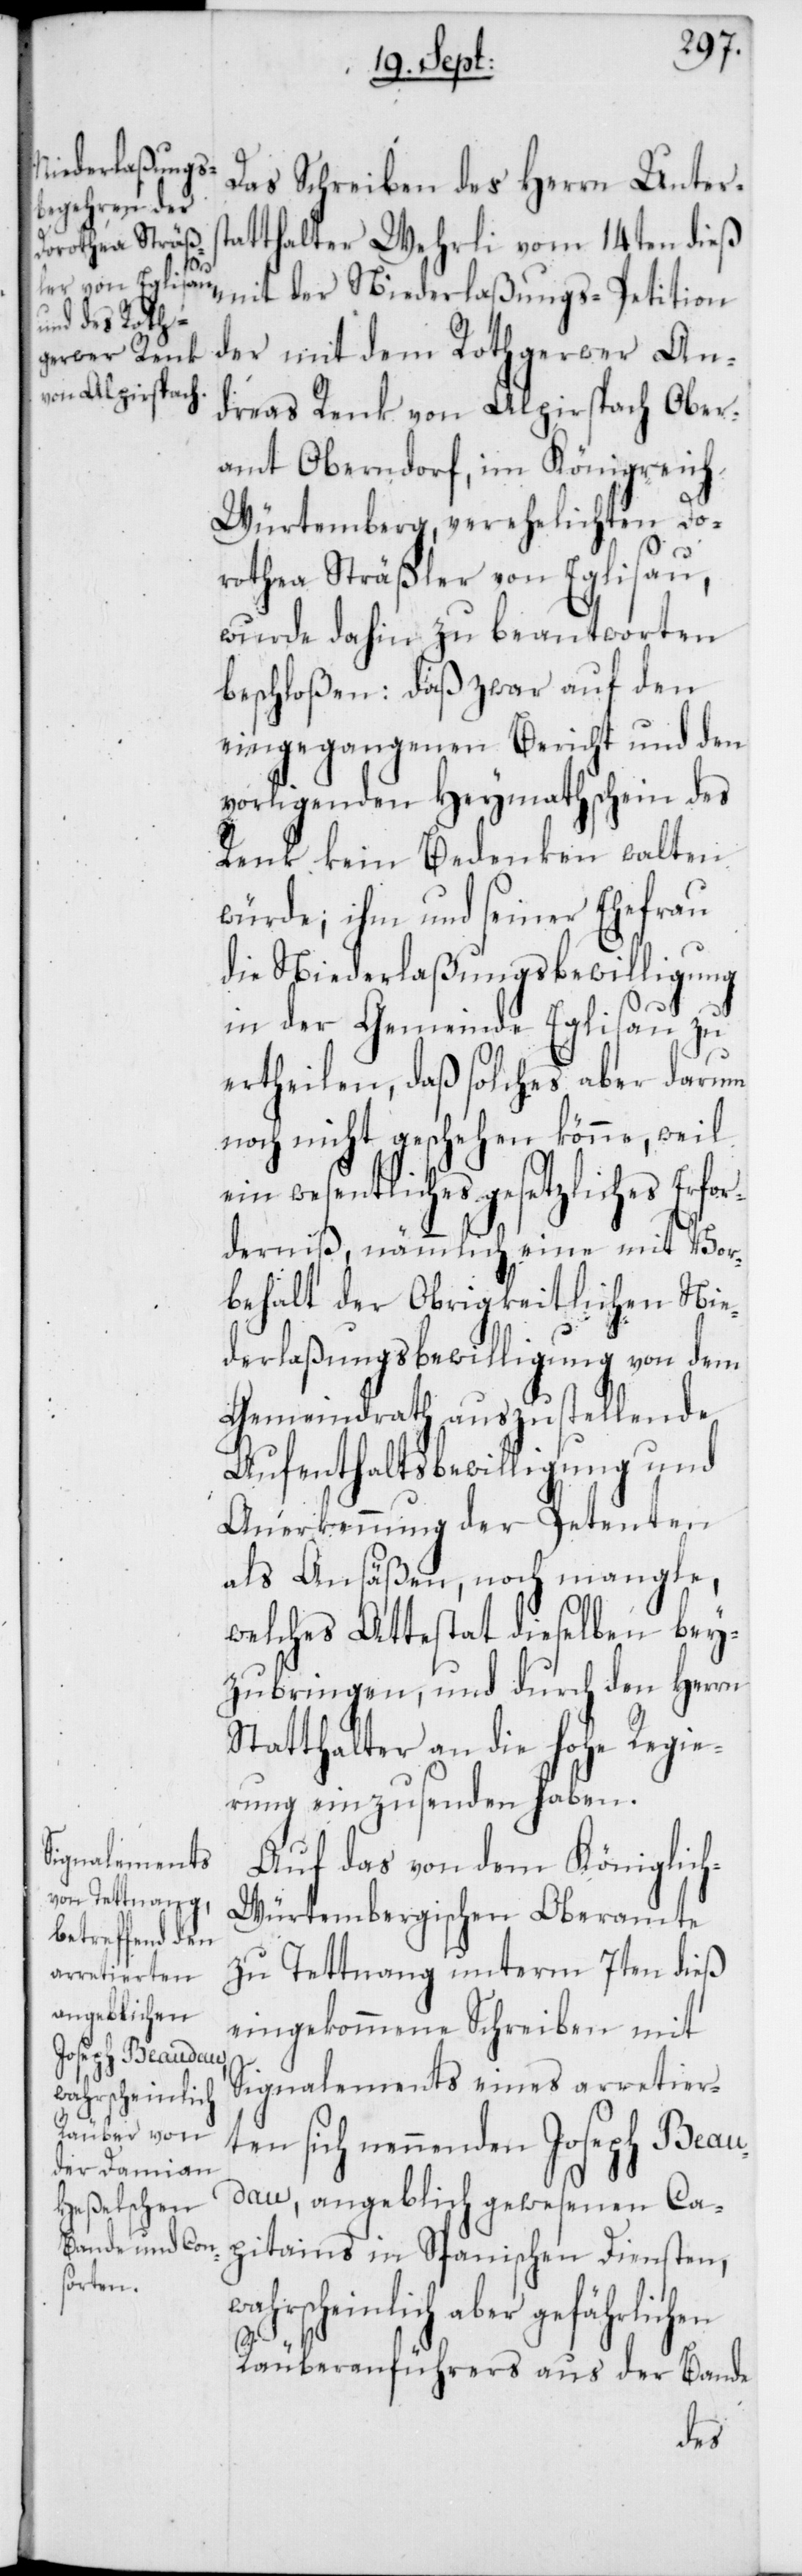
for¬
wahrscheinlich

Das Schreiben des Herrn Unterst¬
atthalter Wehrli vom 14ten dieß
mit der Niederlaßungs-Petition
der mit dem Rothgerwer An¬
dreas Renk von Alpirspach Ober¬
amt Oberndorf, im Königreich
Würtemberg, verehelichten Do¬
rothea Sträßler von Eglisau,
wurde dahin zu beantworten
beschloßen: daß zwar auf den
eingegangenen Bericht und den
vorligenden Heymathschein des
Renk kein Bedenken walten
würde, ihm und seiner Ehefrau
die Niederlaßungsbewilligung
in der Gemeinde Eglisau zu
ertheilen, daß solches aber darum
noch nicht geschehen könne, weil
wesentliches gesetzliches Er¬
derniß, nämmlich eine mit Vor¬
behalt der Obrigkeitlichen Nie¬
derlaßungsbewilligung von dem
Gemeindrath auszustellende
Aufenthaltsbewilligung und
Anerkennung der Petenten
als Ansäßen, noch mangle,
welches Attestat dieselben bey¬
zubringen, und durch den Herrn
Statthalter an die hohe Regie¬
rung einzusenden haben.
Auf das von dem Königlic¬
h-Würtembergischen Oberamte
zu Dettnang unterm 7ten dieß
eingekommene Schreiben mit
Signalements eines arretier¬
ten sich nennenden Joseph Beau¬
dau, angeblich gewesenen Ca¬
pitains in Spanischen Diensten,
aber gefährlichen
Räuberanführers aus der Bande